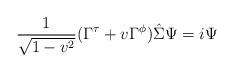
LaTeX: \begin{align*}{1\over\sqrt{1-v^2}}(\Gamma^{\tau}+v\Gamma^{\phi})\hat{\Sigma}\Psi=i\Psi\end{align*}